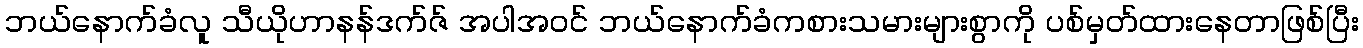
ဘယ်နောက်ခံလူ သီယိုဟာနန်ဒက်ဇ် အပါအဝင် ဘယ်နောက်ခံကစားသမားများစွာကို ပစ်မှတ်ထားနေတာဖြစ်ပြီး